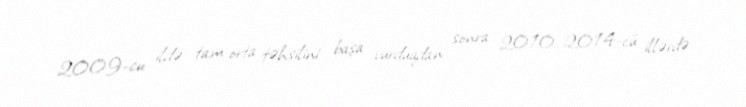
2009-cu ildə tam orta təhsilini başa vurduqdan sonra 2010–2014-cü illərdə